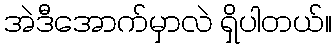
အဲဒီအောက်မှာလဲ ရှိပါတယ်။